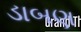
ડાબણ